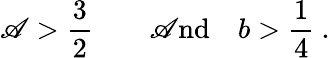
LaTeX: {{\mathscr{A}}}>{\frac{{3}}{{2}}}\qquad\mathrm{{\mathscr{A}nd}}\quad{{b}}>{\frac{{1}}{{4}}}\ .